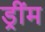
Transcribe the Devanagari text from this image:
ड्रींम